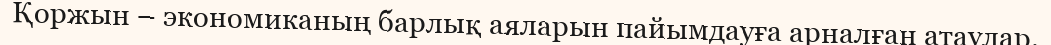
Қоржын – экономиканың барлық аяларын пайымдауға арналған атаулар.